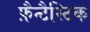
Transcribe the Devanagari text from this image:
फ़ैन्टैस्टिक